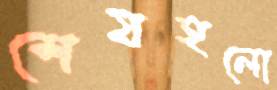
শেষহলো